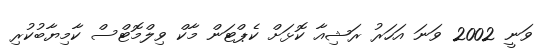
ވަނީ 2002 ވަނަ އަހަރު ރަޝިއާ ކޮޅަށް ކެޕްޓަން މާކް ވިލްމޮޓްސް ކާމިޔާބުކުރި